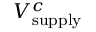
V _ { \mathrm { s u p p l y } } ^ { c }